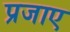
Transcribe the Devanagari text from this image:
प्रजाए